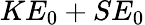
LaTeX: KE_{0}+SE_{0}